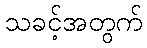
သခင့်အတွက်